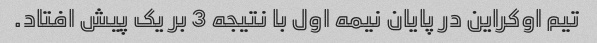
تیم اوکراین در پایان نیمه اول با نتیجه 3 بر یک پیش افتاد.